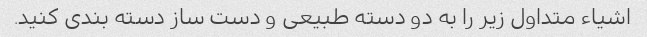
اشیاء متداول زیر را به دو دسته طبیعی و دست ساز دسته بندی کنید.